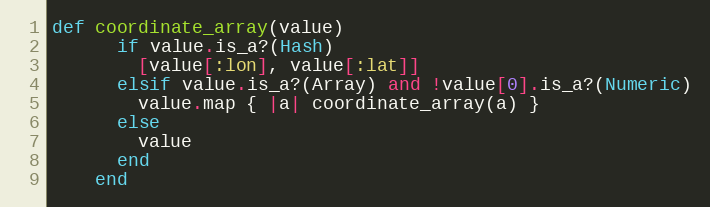
Language: Ruby
def coordinate_array(value)
      if value.is_a?(Hash)
        [value[:lon], value[:lat]]
      elsif value.is_a?(Array) and !value[0].is_a?(Numeric)
        value.map { |a| coordinate_array(a) }
      else
        value
      end
    end